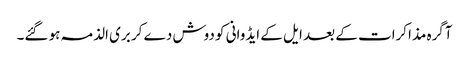
آگرہ مذاکرات کے بعد ایل کے ایڈوانی کو دوش دے کر بری الذمہ ہو گئے۔